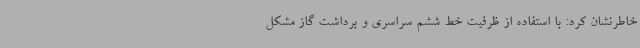
خاطرنشان کرد: با استفاده از ظرفیت خط ششم سراسری و برداشت گاز مشکل